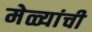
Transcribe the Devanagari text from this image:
मेळ्यांची